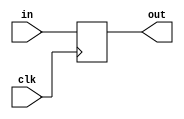
module register_input
#(
  parameter width = 1
  )(
  input clk,
  input [width-1:0] in,
  output reg [width-1:0] out
);

  always @(posedge clk) out <= in;

endmodule